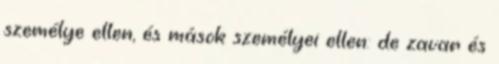
személye ellen, és mások személyei ellen: de zavar és